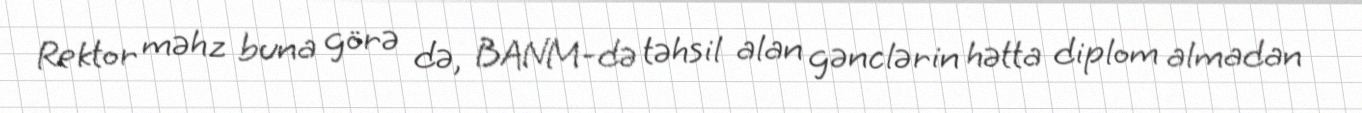
Rektor məhz buna görə də, BANM-də təhsil alan gənclərin hətta diplom almadan